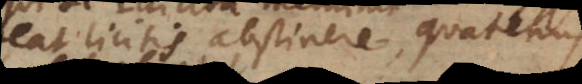
eat licitis abstinere, quatenus